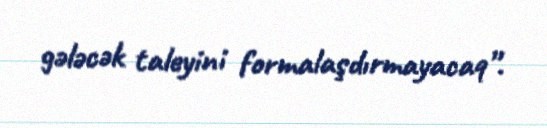
gələcək taleyini formalaşdırmayacaq”.